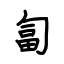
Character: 匐